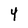
Character: 4